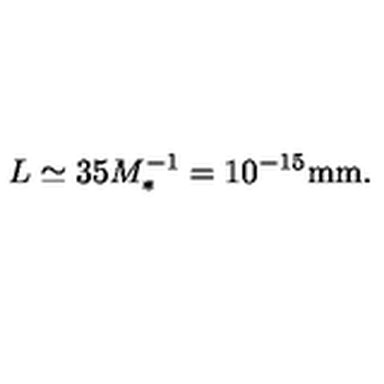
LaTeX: L \simeq 3 5 M _ { * } ^ { - 1 } = 1 0 ^ { - 1 5 } \mathrm { m m } .